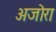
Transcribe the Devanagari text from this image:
अजोरा